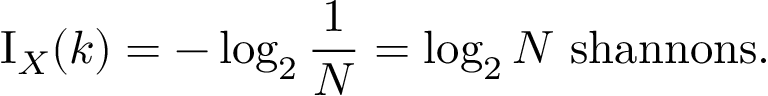
\operatorname { I } _ { X } ( k ) = - \log _ { 2 } { \frac { 1 } { N } } = \log _ { 2 } { N } { \mathrm { ~ s h a n n o n s } } .